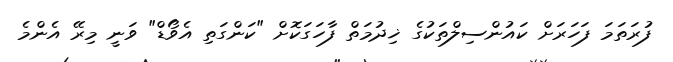
ފުރަތަމަ ފަހަރަށް ކައުންސިލްތަކުގެ ޚިދުމަތް ފާހަގަކޮށް "ކަންގަތި އެވޯޑް" ވަނީ މިރޭ އެންމެ